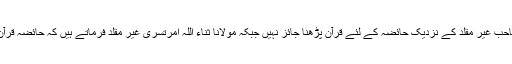
علامہ وحید الزماں صاحب غیر مقلد کے نزدیک حائضہ کے لئے قرآن پڑھنا جائز نہیں جبکہ مولانا ثناء اللہ امرتسری غیر مقلد فرماتے ہیں کہ حائضہ قرآن کریم پڑھ سکتی ہے۔